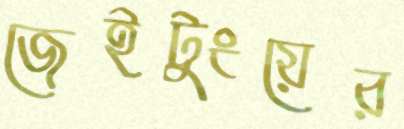
জেইটুংয়ের